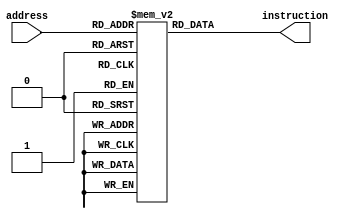
module instructions(input [4:0] address, output reg [31:0] instruction); //Uses Veda Memory
    reg [31:0] instruction_memory [31:0];
    initial begin //these insstructions are in the order of the instructions in bubble_sort.asm MIPS code
        instruction_memory[0] = 32'b000110_01100_01111_00000_00000_000000; //sll 
        instruction_memory[1] = 32'b000000_10010_01111_01111_00000_000001; //add
        instruction_memory[2] = 32'b001001_01111_10000_00000_00000_000000; //lw
        instruction_memory[3] = 32'b001001_01111_10001_00000_00000_000001; //lw
        instruction_memory[4] = 32'b001010_10000_10001_00000_00000_000111; //ble
        instruction_memory[5] = 32'b001000_01111_10001_00000_00000_000000; //sw
        instruction_memory[6] = 32'b001000_01111_10000_00000_00000_000001; //sw
        instruction_memory[7] = 32'b000010_01100_01100_00000_00000_000001; //addi
        instruction_memory[8] = 32'b000000_01011_01010_10011_00000_000010; //sub
        instruction_memory[9] = 32'b001011_01100_10011_00000_00000_000000; //bne
        instruction_memory[10] = 32'b000010_01010_01010_00000_00000_000001; //addi
        instruction_memory[11] = 32'b000000_01100_01100_01100_00000_000010; //bne
        instruction_memory[12] = 32'b001011_01010_01011_00000_00000_000000; //end
        instruction_memory[13] = 32'b0;
        instruction_memory[14] = 32'b0;
        instruction_memory[15] = 32'b0;
        instruction_memory[16] = 32'b0;
        instruction_memory[17] = 32'b0;
        instruction_memory[18] = 32'b0;
        instruction_memory[19] = 32'b0;
        instruction_memory[21] = 32'b0;
        instruction_memory[22] = 32'b0;
        instruction_memory[23] = 32'b0;
        instruction_memory[24] = 32'b0;
        instruction_memory[25] = 32'b0;
        instruction_memory[26] = 32'b0;
        instruction_memory[27] = 32'b0;
        instruction_memory[20] = 32'b0;
        instruction_memory[28] = 32'b0;
        instruction_memory[29] = 32'b0;
        instruction_memory[30] = 32'b0;
        instruction_memory[31] = 32'b0;
    end

    always@(*) begin
    instruction <= instruction_memory[address];
    end

endmodule

module data (input clk, input [4:0] address, input mode, input [31:0] data_in, output reg [31:0] data_out); //VEDA memory
    reg [31:0] data_memory [31:0];
    initial begin
        data_memory[0] = 32'd78; //1st element of array
        data_memory[1] = 32'd456;
        data_memory[2] = 32'd1;
        data_memory[3] = 32'd89;
        data_memory[4] = 32'd13;
        data_memory[5] = 32'd56;
        data_memory[6] = 32'd267;
        data_memory[7] = 32'd102;
        data_memory[8] = 32'd3;
        data_memory[9] = 32'd51; //10th element of array
        data_memory[10] = 32'd0; //s0
        data_memory[11] = 32'd9; //s6
        data_memory[12] = 32'd0; //s1
        data_memory[13] = 32'd0; //t2
        data_memory[14] = 32'd10; //t4
        data_memory[15] = 32'd0; //t6
        data_memory[16] = 32'd0; //t0
        data_memory[17] = 32'd0; //t1
        data_memory[18] = 32'd0; //s7
        data_memory[19] = 32'd0; //s5
        data_memory[21] = 32'b0; //ra
        data_memory[22] = 32'b0; 
        data_memory[23] = 32'b0;
        data_memory[24] = 32'b0;
        data_memory[25] = 32'b0;
        data_memory[26] = 32'b0;
        data_memory[27] = 32'b0;
        data_memory[20] = 32'b0;
        data_memory[28] = 32'b0;
        data_memory[29] = 32'b0;
        data_memory[30] = 32'b0;
        data_memory[31] = 32'b0;
    end

    always @(posedge clk) begin
        if(mode==0)begin
            data_memory[address]= data_in;
        end
        else
        data_out = data_memory[address]; 
    end
    // assign 
endmodule